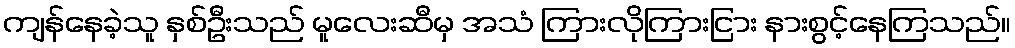
ကျန်နေခဲ့သူ နှစ်ဦးသည် မူလေးဆီမှ အသံ ကြားလိုကြားငြား နားစွင့်နေကြသည်။